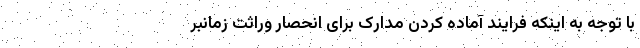
با توجه به اینکه فرایند آماده کردن مدارک برای انحصار وراثت زمانبر